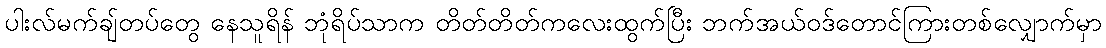
ပါးလ်မက်ချ်တပ်တွေ နေသူရိန် ဘုံရိပ်သာက တိတ်တိတ်ကလေးထွက်ပြီး ဘက်အယ်ဝဒ်တောင်ကြားတစ်လျှောက်မှာ